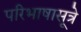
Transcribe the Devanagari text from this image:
परिभाषासूत्रे